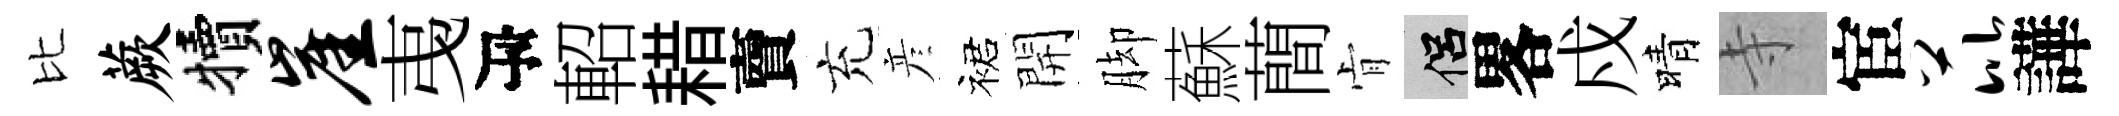
比蕨犢崖𢎯瓴軺耤𧶠充彦裙開脚蘇蕳肻侣畧戍晴寺宦芘譁